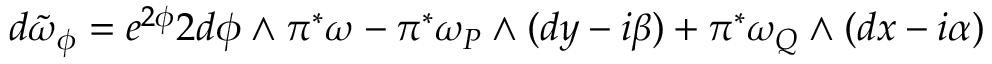
d \tilde { \omega } _ { \phi } = e ^ { 2 \phi } 2 d \phi \wedge \pi ^ { \ast } \omega - \pi ^ { \ast } \omega _ { P } \wedge ( d y - i \beta ) + \pi ^ { \ast } \omega _ { Q } \wedge ( d x - i \alpha )